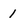
Character: 1